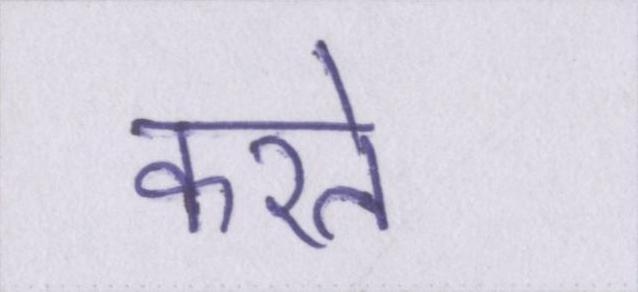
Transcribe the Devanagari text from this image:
करते